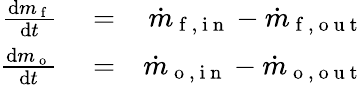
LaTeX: \begin{array}{rlr}{\frac{\mathrm{d}m_{\mathrm{~f~}}}{\mathrm{d}t}}&{{}=}&{\dot{m}_{\mathrm{~f~,~i~n~}}-\dot{m}_{\mathrm{~f~,~o~u~t~}}}\\ {\frac{\mathrm{d}m_{\mathrm{~o~}}}{\mathrm{d}t}}&{{}=}&{\dot{m}_{\mathrm{~o~,~i~n~}}-\dot{m}_{\mathrm{~o~,~o~u~t~}}}\end{array}